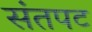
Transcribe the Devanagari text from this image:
संतपट